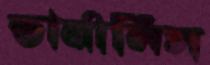
ভার্নালিস